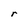
Character: r